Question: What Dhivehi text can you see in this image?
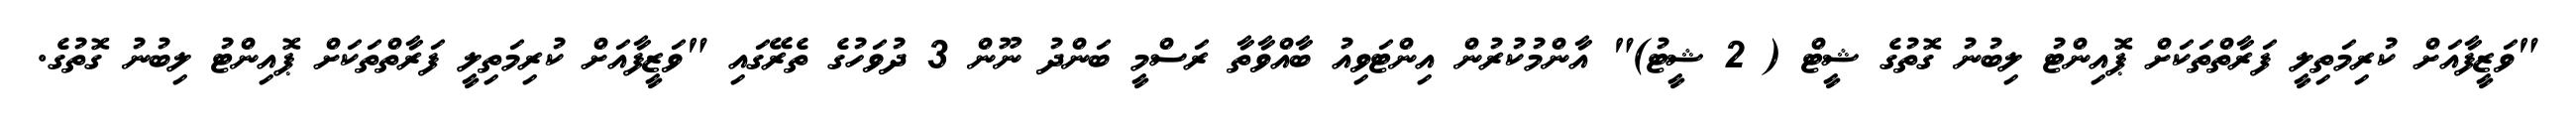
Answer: "ވަޒީފާއަށް ކުރިމަތިލީ ފަރާތްތަކަށް ޕޮއިންޓު ލިބުނު ގޮތުގެ ޝީޓް ( 2 ޝީޓު)" އާންމުކުރުން އިންޓަވިއު ބާއްވާތާ ރަސްމީ ބަންދު ނޫން 3 ދުވަހުގެ ތެރޭގައި "ވަޒީފާއަށް ކުރިމަތިލީ ފަރާތްތަކަށް ޕޮއިންޓު ލިބުނު ގޮތުގެ.